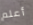
أعلم